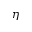
\eta